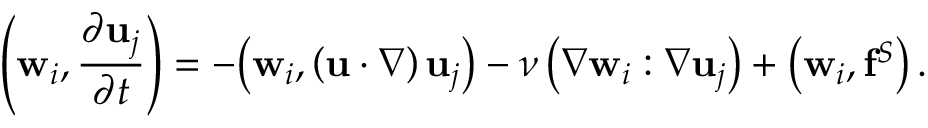
\left( \mathbf { w } _ { i } , { \frac { \partial \mathbf { u } _ { j } } { \partial t } } \right) = - { \bigl ( } \mathbf { w } _ { i } , \left( \mathbf { u } \cdot \nabla \right) \mathbf { u } _ { j } { \bigr ) } - \nu \left( \nabla \mathbf { w } _ { i } : \nabla \mathbf { u } _ { j } \right) + \left( \mathbf { w } _ { i } , \mathbf { f } ^ { S } \right) .